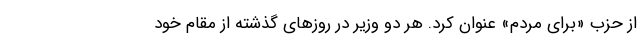
از حزب «برای مردم» عنوان کرد. هر دو وزیر در روزهای گذشته از مقام خود